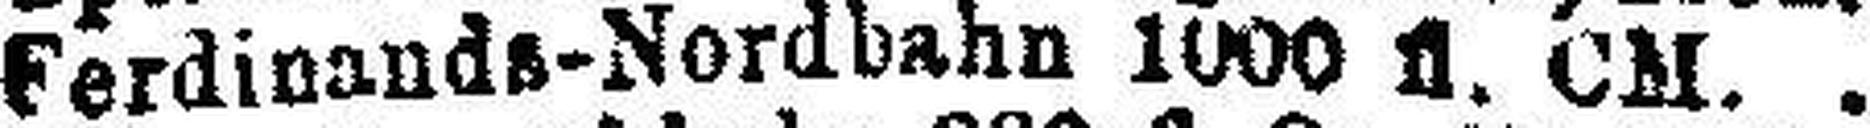
Ferdinands-Nordbahn 1000 fl. CM.